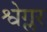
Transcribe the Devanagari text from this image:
श्वेग्लर